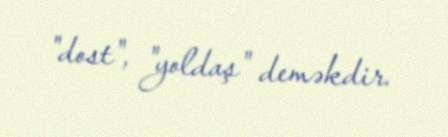
"dost", "yoldaş" deməkdir.